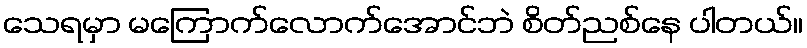
သေရမှာ မကြောက်လောက်အောင်ဘဲ စိတ်ညစ်နေ ပါတယ်။